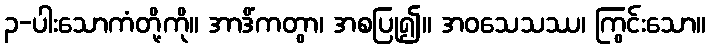
၃-ပါးသောကံတို့ကို။ အာဒိံကတွာ၊ အစပြု၍။ အဝသေသဿ၊ ကြွင်းသော။